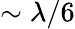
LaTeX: \sim\lambda/6